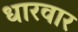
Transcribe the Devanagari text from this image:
धारवार